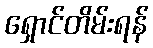
ရှောင်တိမ်းရန်